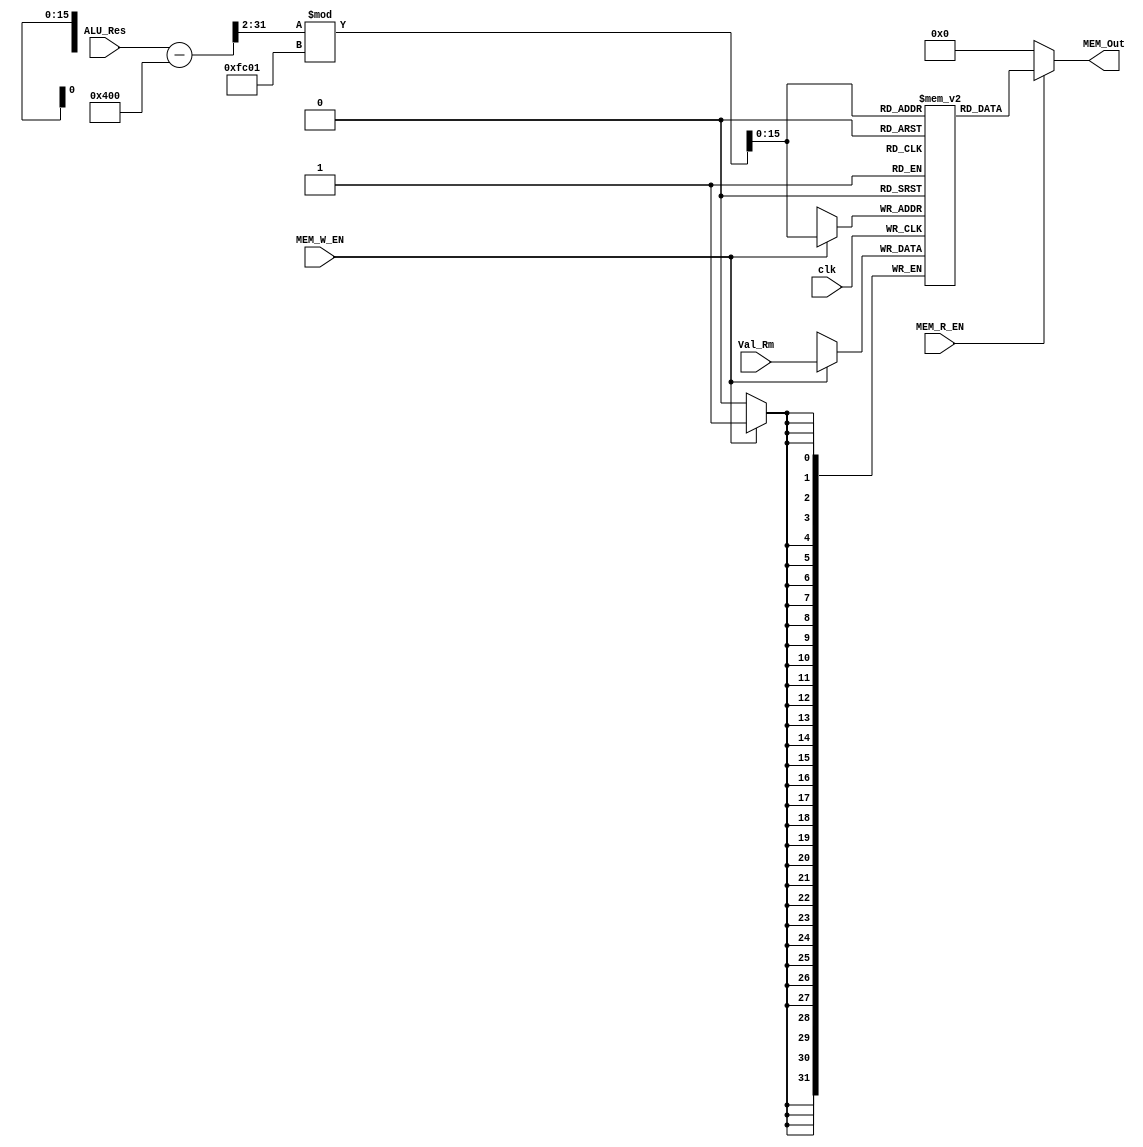
`timescale 1ns / 1ns
module MEM_Stage(
  input [31:0] Val_Rm, ALU_Res,
  input clk, MEM_W_EN, MEM_R_EN,
  output [31:0] MEM_Out
);


wire [31:0] Address;
reg [31:0] RAM[0:64512]; //1024 to 2**16
assign Address = ((ALU_Res  - 32'd1024)>>2) % 32'd64513;

always @ (posedge clk) begin
    if (MEM_W_EN) begin
        RAM[Address] <= Val_Rm;
    end
end



assign MEM_Out = MEM_R_EN ? RAM[Address] : 0;
endmodule